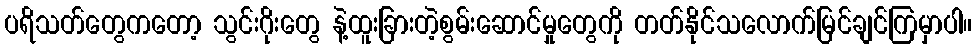
ပရိသတ်တွေကတော့ သွင်းဂိုးတွေ နဲ့ထူးခြားတဲ့စွမ်းဆောင်မှုတွေကို တတ်နိုင်သလောက်မြင်ချင်ကြမှာပါ။